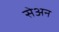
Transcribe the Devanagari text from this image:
सेअन